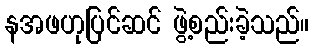
နအဖဟုပြင်ဆင် ဖွဲ့စည်းခဲ့သည်။